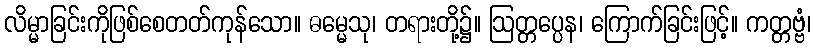
လိမ္မာခြင်းကိုဖြစ်စေတတ်ကုန်သော။ ဓမ္မေသု၊ တရားတို့၌။ ဩတ္တပ္ပေန၊ ကြောက်ခြင်းဖြင့်။ ကတ္တဗ္ဗံ၊